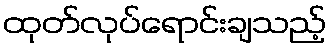
ထုတ်လုပ်ရောင်းချသည့်